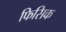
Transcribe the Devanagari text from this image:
फिसिक